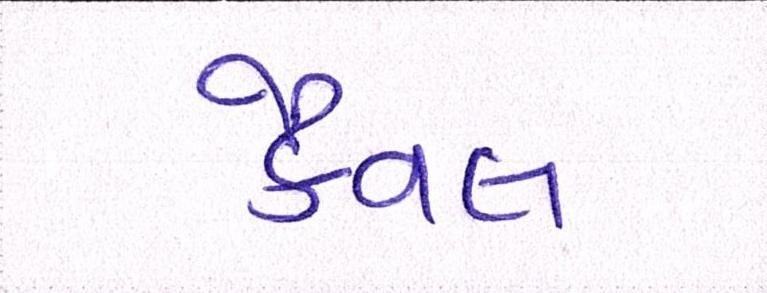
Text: કૈવલ